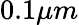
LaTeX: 0.1\mu m